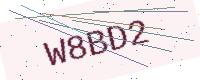
Text: W8BD2